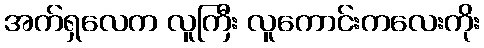
အက်ရှလေက လူကြီး လူကောင်းကလေးကိုး